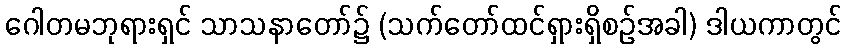
ဂေါတမဘုရားရှင် သာသနာတော်၌ (သက်တော်ထင်ရှားရှိစဉ်အခါ) ဒါယကာတွင်